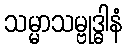
သမ္မာသမ္ဗုဒ္ဓါနံ